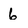
Character: 6